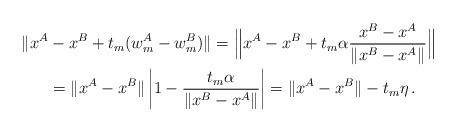
LaTeX: \begin{align*}\|x^A&-x^B + t_m(w^A_m-w^B_m)\| = \Big\|x^A-x^B + t_m \alpha \frac{x^B-x^A}{\|x^B-x^A\|}\Big\| \\&= \|x^A-x^B\|\left|1-\frac{t_m \alpha}{\|x^B-x^A\|}\right| = \|x^A-x^B\| - t_m \eta \, .\end{align*}